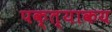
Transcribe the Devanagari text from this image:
पक्त्याकय